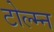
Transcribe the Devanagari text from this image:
टोल्म्न